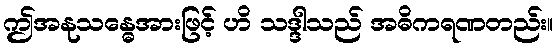
ဤအနုသန္ဓေအားဖြင့် ဟိ သဒ္ဒါသည် အဓိကရဏတည်း။